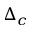
\Delta _ { c }